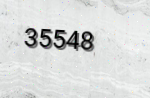
35548